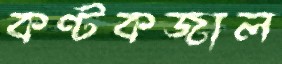
কণ্টকজাল